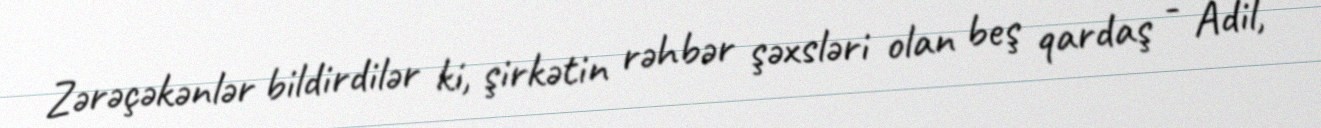
Zərəçəkənlər bildirdilər ki, şirkətin rəhbər şəxsləri olan beş qardaş - Adil,